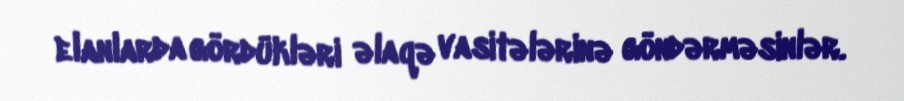
elanlarda gördükləri əlaqə vasitələrinə göndərməsinlər.